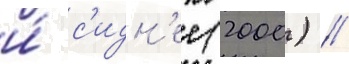
и́ с'идн'ее (2000) //